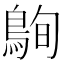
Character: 𪀠